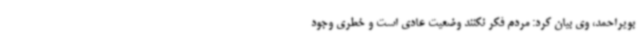
بویراحمد، وی بیان کرد: مردم فکر نکنند وضعیت عادی است و خطری وجود